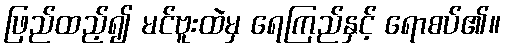
ဖြည်ထည့်၍ မင်ဗူးထဲမှ ရေကြည်နှင့် ရောစပ်၏။